Civil Veterinary Dept. Assam report 1927-50 - 1927-1950
Year: 1927
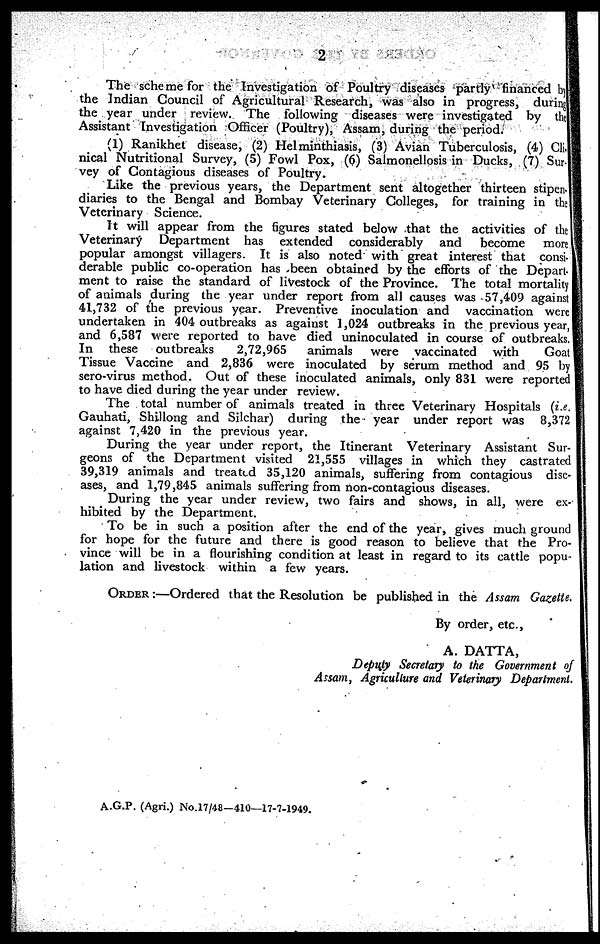
2
The scheme for the Investigation of Poultry diseases partly financed by
the Indian Council of Agricultural Research, was also in progress, during
the year under review. The following diseases were investigated by the
Assistant Investigation Officer (Poultry), Assam, during the period.
(1) Ranikhet disease, (2) Helminthiasis, (3) Avian Tuberculosis, (4) Cli-
nical Nutritional Survey, (5) Fowl Pox, (6) Salmonellosis in Ducks, (7) Sur-
vey of Contagious diseases of Poultry.
Like the previous years, the Department sent altogether thirteen stipen-
diaries to the Bengal and Bombay Veterinary Colleges, for training in the
Veterinary Science.
It will appear from the figures stated below that the activities of the
Veterinary Department has extended considerably and
become more
popular amongst villagers. It is also noted with great interest that consi-
derable public co-operation has been obtained by the efforts of the Depart-
ment to raise the standard of livestock of the Province. The total mortality
of animals during the year under report from all causes was 57,409 against
41,732 of the previous year. Preventive inoculation and vaccination were
undertaken in 404 outbreaks as against 1,024 outbreaks in the previous year,
and 6,587 were reported to have died uninoculated in course of outbreaks.
In these outbreaks
2,72,965
animals were vaccinated with
Goat
Tissue Vaccine and 2,836 were inoculated by serum method and 95 by
sero-virus method. Out of these inoculated animals, only 831 were reported
to have died during the year under review.
The total number of animals treated in three Veterinary Hospitals (i.e.
Gauhati, Shillong and Silchar) during the year under report was 8,372
against 7,420 in the previous year.
During the year under report, the Itinerant Veterinary Assistant Sur-
geons of the Department visited 21,555 villages in which they castrated
39,319 animals and treated 35,120 animals, suffering from contagious dise-
ases, and 1,79,845 animals suffering from non-contagious diseases.
During the year under review, two fairs and shows, in all, were ex-
hibited by the Department.
To be in such a position after the end of the year, gives much ground
for hope for the future and there is good reason to believe that the Pro-
vince will be in a flourishing condition at least in regard to its cattle popu-
lation and livestock within a few years.
ORDER:—Ordered that the Resolution be published in the Assam Gazette.
By order, etc.,
A. DATTA,
Deputy Secretary to the Government of
Assam, Agriculture and Veterinary Department.
A.G.P. (Agri.) No.17/48—410—17-7-1949.